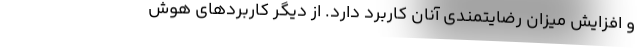
و افزایش میزان رضایتمندی آنان کاربرد دارد. از دیگر کاربردهای هوش